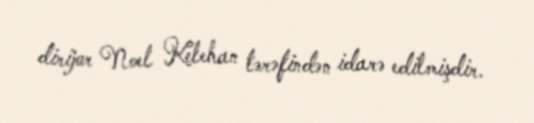
dirijor Noel Kelehan tərəfindən idarə edilmişdir.